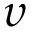
\upsilon